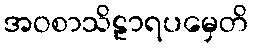
အဝစာသိဠာရပမှေတိ